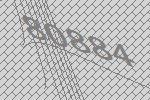
80884